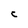
Character: c